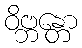
ဝိဗ္ဘန္တော